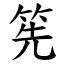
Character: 筅